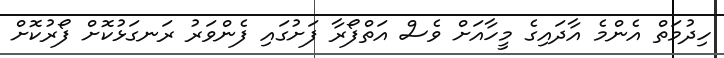
ހިދުމަތް އެންމެ އާދައިގެ މީހާއަށް ވެސް އަތްފޯރާ ފަށުގައި ފެންވަރު ރަނގަޅުކޮށް ފޯރުކޮށް